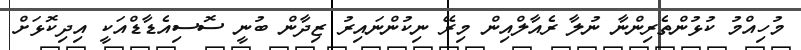
މުހިއްމު ކުޅުންތެރިންނާ ނުލާ ރެއާލްއިން މިރޭ ނިކުންނައިރު ޒިދާން ބުނީ ސޮސިއެޑާޑްއަކީ އިދިކޮޅަށް